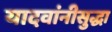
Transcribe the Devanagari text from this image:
यादवांनीसुद्धा